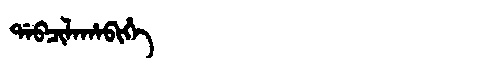
Manchu: ᡩᠠᠪᠴᡳᠯᠠᡥᠠᠪᡳᡥᡝ
Romanization: DABCILAHABIHE